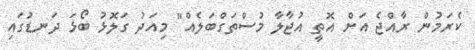
ކެރަމުން ރާއްޖެ އަށް އޮތީ އުޖާލާ މުސްތަގްބަލެއް" މިއަދު ގަލޮޅު ބޯޅަ ދަނޑުގައި